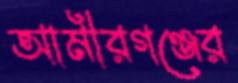
আমীরগঞ্জের